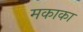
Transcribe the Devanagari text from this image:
मकाका